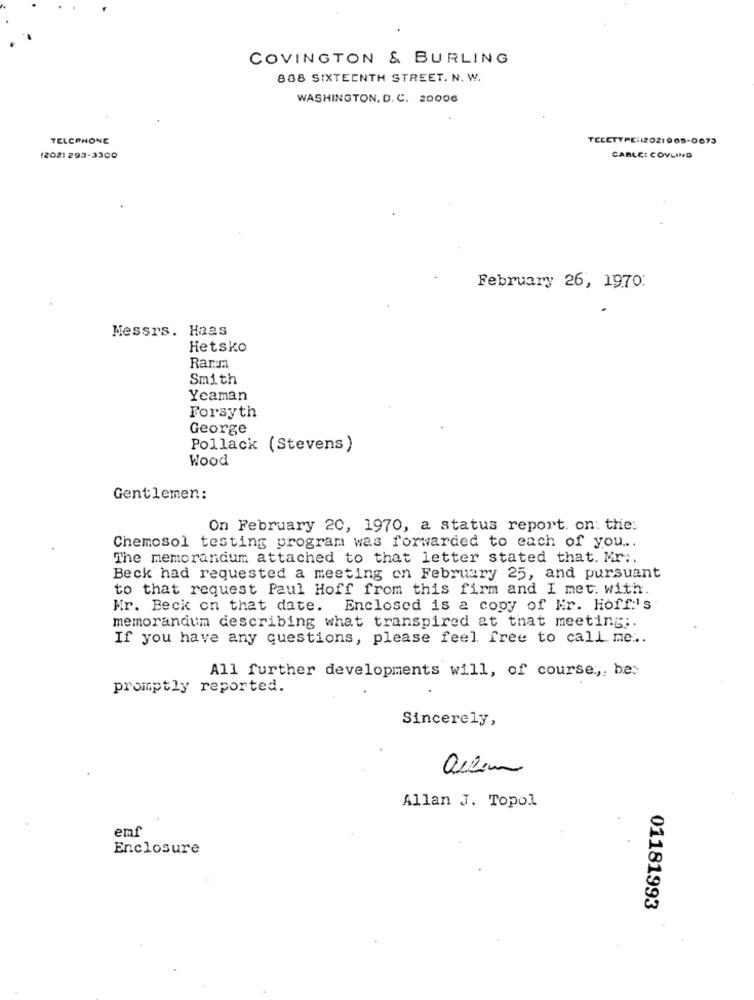
COVINGTON & BURLING
808 SIXTEENTH STREET. N. W.
WASHINGTON, D. C. 20006
TELEPHONE
TECCTYPE:(2021005-0675
(2021 293-3300
CABLE: COVLING
February 26, 1970:
Messrs. Haas
Hetsko
Ranm
Smith
Yeaman
Forsyth
George
Pollack (Stevens)
Wood
Gentlemen:
On February 20, 1970, a status report. on: the.
Chemosol testing program was forwarded to each of you ...
The memorandum attached to that letter stated that. Mr :.
Beck had requested a meeting on February 25, and pursuant
to that request Paul Hoff from this firm and I met. with
Mr. Beck on that date. Enclosed is a copy of Hr. Hoff:'s
memorandum describing what transpired &t that meeting ;.
If you have any questions, please feel free to call me ..
All further developments will, of course .,, be:
promptly reported.
Sincerely,
allin
Allan J. Topol
emf
Enclosure
01181993